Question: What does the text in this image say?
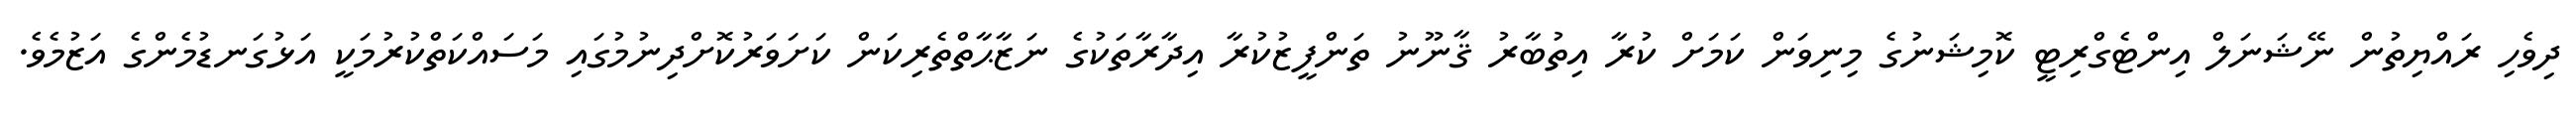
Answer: ދިވެހި ރައްޔިތުން ނޭޝަނަލް އިންޓެގްރިޓީ ކޮމިޝަނުގެ މިނިވަން ކަމަށް ކުރާ އިތުބާރު ޤާނޫނު ތަންފީޒުކުރާ އިދާރާތަކުގެ ނަޒާޙާތްތެރިކަން ކަށަވަރުކޮށްދިނުމުގައި މަސައްކަތްކުރުމަކީ އަޅުގަނޑުމެންގެ އަޒުމެވެ.